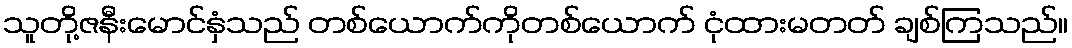
သူတို့ဇနီးမောင်နှံသည် တစ်ယောက်ကိုတစ်ယောက် ငုံထားမတတ် ချစ်ကြသည်။